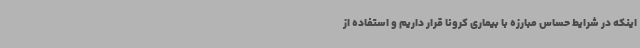
اینکه در شرایط حساس مبارزه با بیماری کرونا قرار داریم و استفاده از